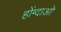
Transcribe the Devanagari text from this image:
होंग्दाओ